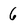
Character: 6